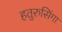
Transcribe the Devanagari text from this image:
हतुरुसिंगा